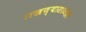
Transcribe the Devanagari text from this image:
राखण्यासाठीही